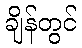
ချိန်တွင်